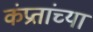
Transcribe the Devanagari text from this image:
कंप्रतांच्या